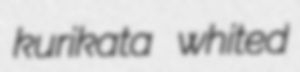
kurikata whited